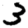
Digit: 3